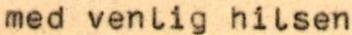
med venlig hilsen